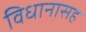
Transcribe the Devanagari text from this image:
विधानासह